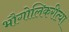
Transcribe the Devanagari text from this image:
भौगोलिकरीत्या